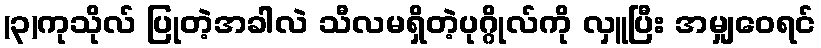
(၃)ကုသိုလ် ပြုတဲ့အခါလဲ သီလမရှိတဲ့ပုဂ္ဂိုလ်ကို လှူပြီး အမျှဝေရင်